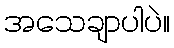
အသေချာပါပဲ။